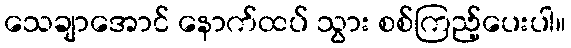
သေချာအောင် နောက်ထပ် သွား စစ်ကြည့်ပေးပါ။